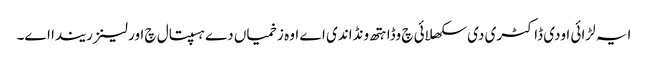
ایہ لڑائی اودی ڈاکٹری دی سکھلائی چ وڈا ہتھ ونڈاندی اے اوہ زخمیاں دے ہسپتال چ اورلینز ریندا اے۔